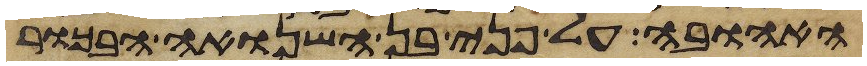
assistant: האהובה על פני בן השנואה הבכור